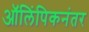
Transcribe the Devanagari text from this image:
ऑलिंपिकनंतर